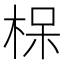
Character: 𪲖